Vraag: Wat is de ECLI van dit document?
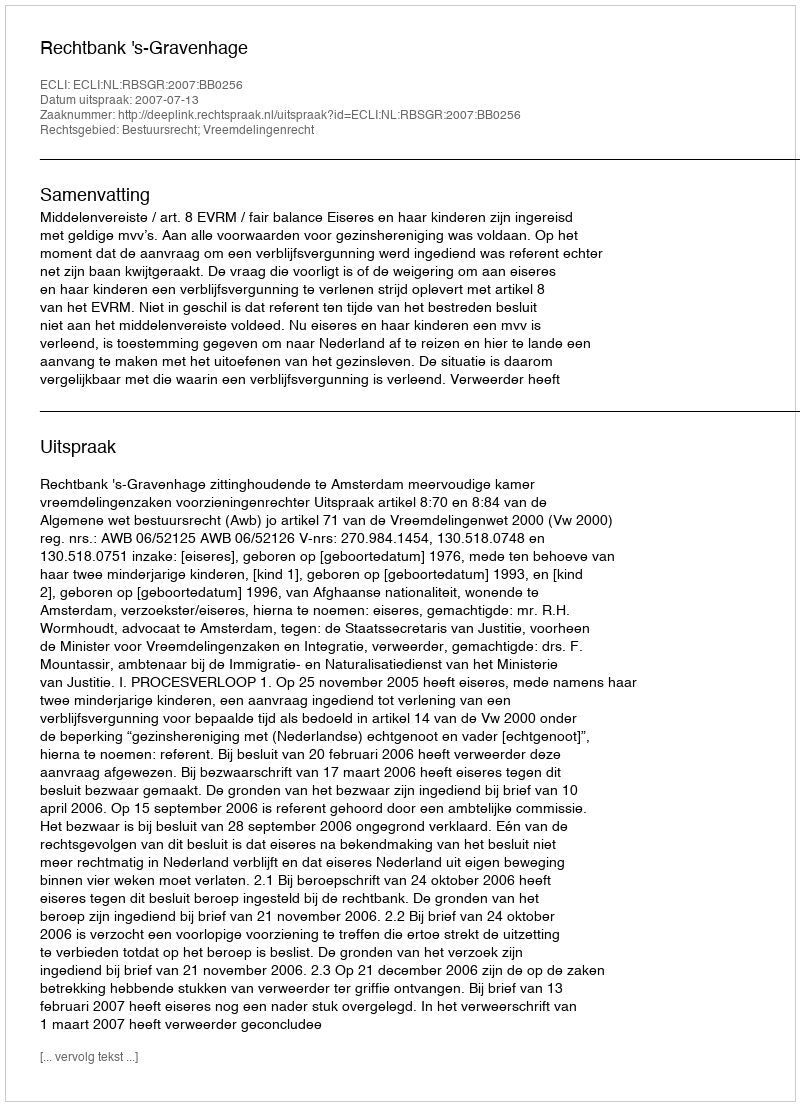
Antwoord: ECLI:NL:RBSGR:2007:BB0256